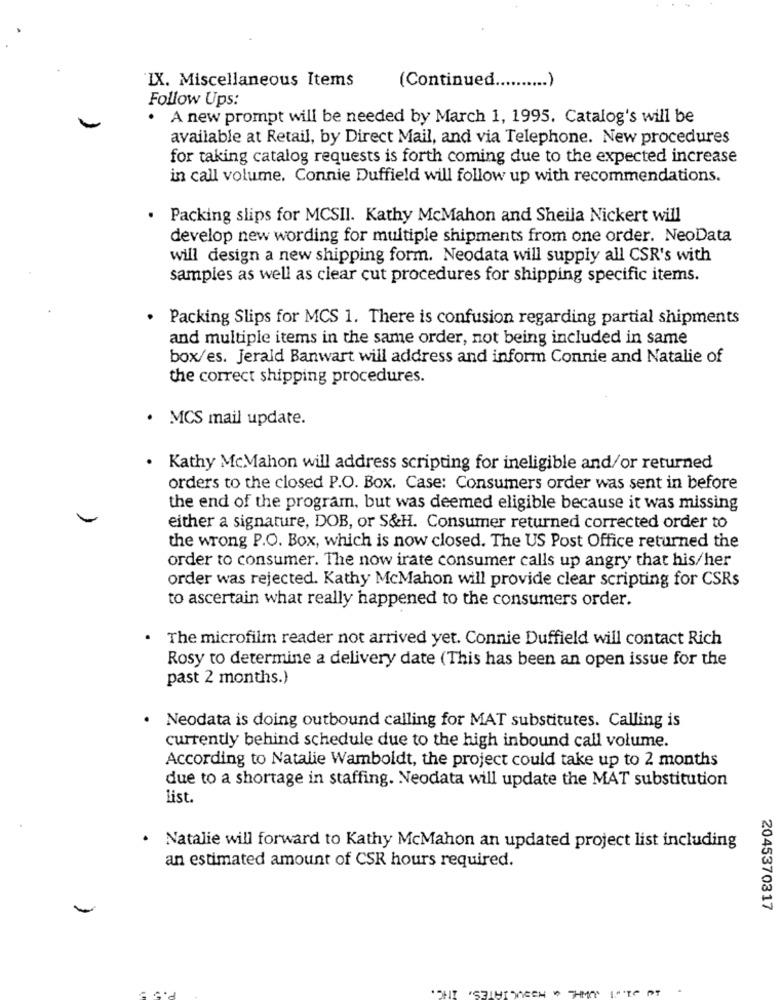
(Continued
IX. Miscellaneous Items
Follow Ups:
A new prompt will be needed by March 1, 1995. Catalog's will be
available at Retail, by Direct Mail, and via Telephone. New procedures
for taking catalog requests is forth coming due to the expected increase
in call volume. Connie Duffield will follow up with recommendations.
.
Packing slips for MCSII. Kathy McMahon and Sheila Nickert will
develop new wording for multiple shipments from one order. NeoData
will design a new shipping form. Neodata will supply all CSR's with
samples as well as clear cut procedures for shipping specific items.
Packing Slips for MCS 1. There is confusion regarding partial shipments
and multiple items in the same order, not being included in same
box/es. Jerald Banwart will address and inform Connie and Natalie of
the correct shipping procedures.
· MCS mail update.
. Kathy McMahon will address scripting for ineligible and/or returned
orders to the closed P.O. Box. Case: Consumers order was sent in before
the end of the program, but was deemed eligible because it was missing
either a signature, DOB, or S&H. Consumer returned corrected order to
the wrong P.O. Box, which is now closed. The US Post Office returned the
order to consumer. The now irate consumer calls up angry that his/her
order was rejected. Kathy McMahon will provide clear scripting for CSRs
to ascertain what really happened to the consumers order.
· The microfilm reader not arrived yet. Connie Duffield will contact Rich
Rosy to determine a delivery date (This has been an open issue for the
past 2 months.)
· Neodata is doing outbound calling for MAT substitutes. Calling is
currently behind schedule due to the high inbound call volume.
According to Natalie Warnboldt, the project could take up to 2 months
due to a shortage in staffing. Neodata will update the MAT substitution
List.
· Natalie will forward to Kathy McMahon an updated project list including
an estimated amount of CSR hours required.
2045370317